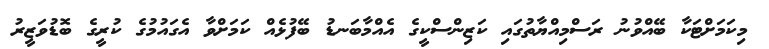
މިކަމަށްޓަކާ ބޭއްވުނު ރަސްމިއްޔާތުގައި ކަޒިންސްކީގެ އެއްމާބަނޑު ބޭފުޅެއް ކަމަށްވާ އެގައުމުގެ ކުރީގެ ބޮޑުވަޒީރު